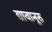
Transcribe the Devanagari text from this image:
द्यावानूरु